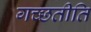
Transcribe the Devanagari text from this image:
गच्छतीति